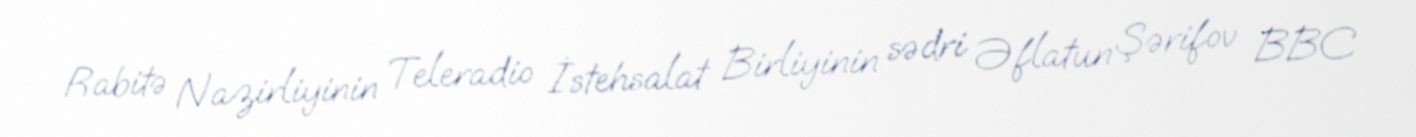
Rabitə Nazirliyinin Teleradio İstehsalat Birliyinin sədri Əflatun Şərifov BBC